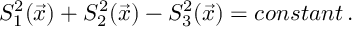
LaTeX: S _ { 1 } ^ { 2 } ( \vec { x } ) + S _ { 2 } ^ { 2 } ( \vec { x } ) - S _ { 3 } ^ { 2 } ( \vec { x } ) = c o n s t a n t \, .